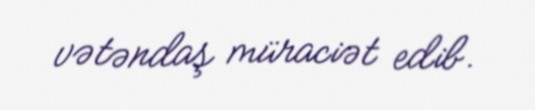
vətəndaş müraciət edib.